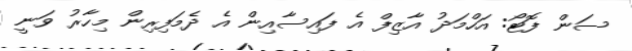
ސަން ފޮޓޯ: އަހްމަދު އާޒިފް އެ ފައިސާއިން އެ ދެމަފިރިން މިހާރު ވަނީ